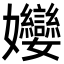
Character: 𭒵